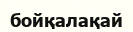
бойқалақай